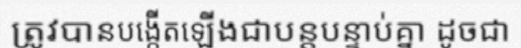
ត្រូវបានបង្កើតឡើងជាបន្តបន្ទាប់គ្នា ដូចជា